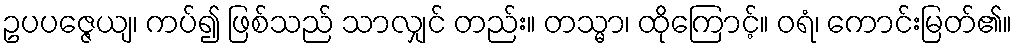
ဥပပဇ္ဇေယျ၊ ကပ်၍ ဖြစ်သည် သာလျှင် တည်း။ တသ္မာ၊ ထိုကြောင့်။ ဝရံ၊ ကောင်းမြတ်၏။